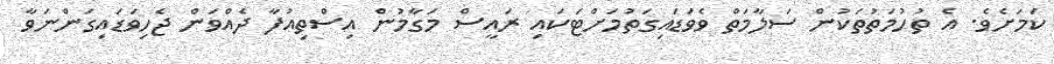
ކަމަށެވެ. އެ ތުހުމަތުތަކުން ސަލާމަތް ވެވަޑައިގަތުމަށްޓަކައި ރައީސް މަގާމުން އިސްތިއުފާ ދެއްވަން ޖެހިވަޑައިގަންނަވާ